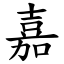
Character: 嘉